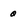
Character: 0